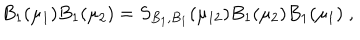
B _ { 1 } ( \mu _ { 1 } ) B _ { 1 } ( \mu _ { 2 } ) = S _ { B _ { 1 } , B _ { 1 } } ( \mu _ { 1 2 } ) B _ { 1 } ( \mu _ { 2 } ) B _ { 1 } ( \mu _ { 1 } ) \; ,